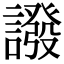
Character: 𧬋